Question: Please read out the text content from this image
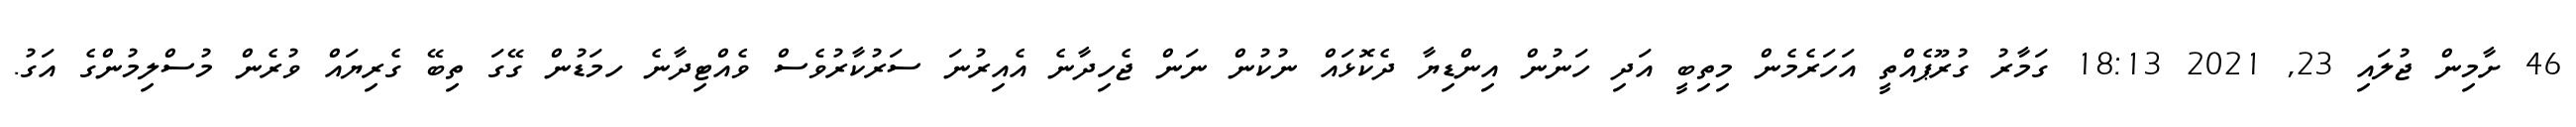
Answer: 46 ށާމިން ޖުލައި 23, 2021 18:13 ގަމާރު ގުރޫޕެއްތީ އަހަރެމެން މިތިބީ އަދި ހަނުން އިންޑިޔާ ދެކޮޅައް ނުކުން ނަން ޖެހިދާނެ އެއިރުނަ ސަރުކާރުވެސް ވެއްޓިދާނެ ހމަޑުން ގޭގަ ތިބޭ ގެރިޔައް ވުރެން މުސްލިމުންގެ އަގު.